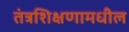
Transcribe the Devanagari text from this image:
तंत्रशिक्षणामधील